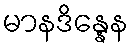
မာနဒိန္နေန